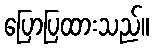
ပြောပြထားသည်။